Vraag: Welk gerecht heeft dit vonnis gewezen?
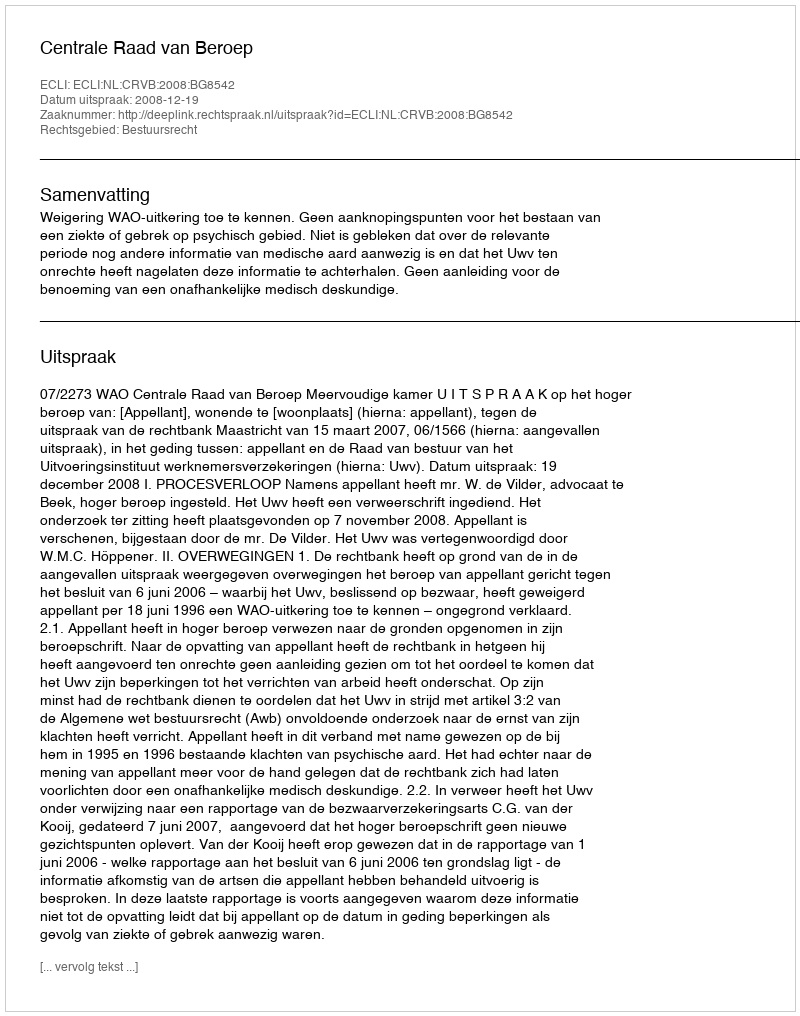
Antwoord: Centrale Raad van Beroep